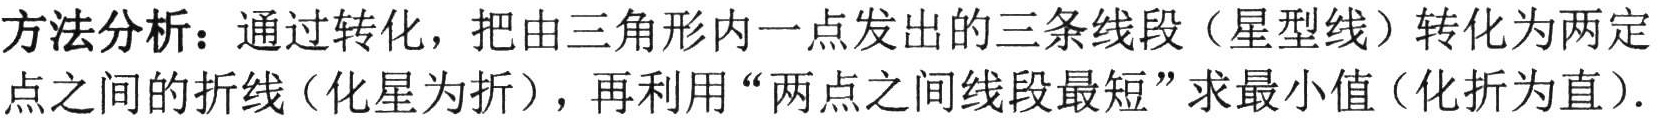
方法分析：通过转化，把由三角形内一点发出的三条线段（星型线）转化为两定点之间的折线（化星为折），再利用“两点之间线段最短”求最小值（化折为直）.